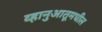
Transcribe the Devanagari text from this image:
व्हानुआतूमधील